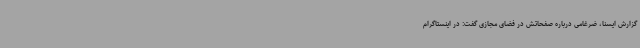
گزارش ایسنا، ضرغامی درباره صفحاتش در فضای مجازی گفت: در اینستاگرام